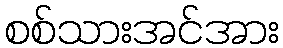
စစ်သားအင်အား